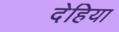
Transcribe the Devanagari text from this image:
देहिया